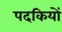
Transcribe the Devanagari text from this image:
पदकियों